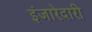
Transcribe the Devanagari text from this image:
इंजारेदारी